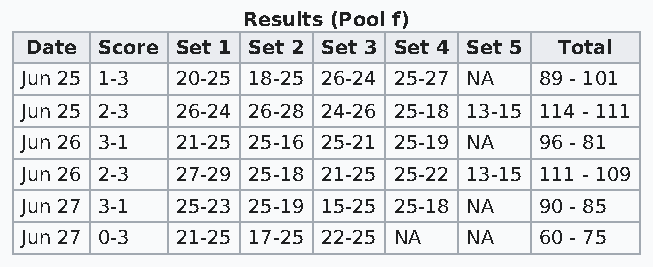
Results (Pool f)
 Date Score Set 1 Set 2 Set 3 Set 4 Set 5 Total
 Jun 25 1-3 20-25 18-25 26-24 25-27 NA 89 - 101
 Jun 25 2-3 26-24 26-28 24-26 25-18 13-15 114 - 111
 Jun 26 3-1 21-25 25-16 25-21 25-19 NA 96 - 81
 Jun 26 2-3 27-29 25-18 21-25 25-22 13-15 111 - 109
 Jun 27 3-1 25-23 25-19 15-25 25-18 NA 90 - 85
 Jun 27 0-3 21-25 17-25 22-25 NA NA 60 - 75